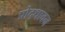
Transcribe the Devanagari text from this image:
प्रोद्धावन